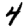
Digit: 4